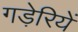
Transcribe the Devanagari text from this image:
गड़ेरियें